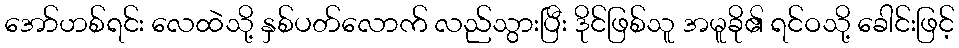
အော်ဟစ်ရင်း လေထဲသို့ နှစ်ပတ်လောက် လည်သွားပြီး ဒိုင်ဖြစ်သူ အမူခို၏ ရင်ဝသို့ ခေါင်းဖြင့်